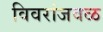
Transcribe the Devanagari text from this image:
विवरांजवळ